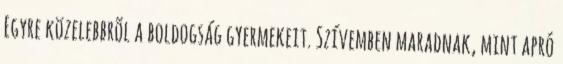
Egyre közelebbrõl a boldogság gyermekeit. Szívemben maradnak, mint apró